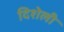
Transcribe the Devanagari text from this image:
दिशेली